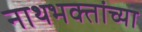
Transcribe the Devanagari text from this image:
नाथभक्तांच्या